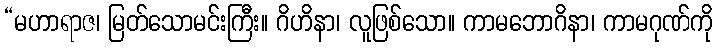
“မဟာရာဇ၊ မြတ်သောမင်းကြီး။ ဂိဟိနာ၊ လူဖြစ်သော။ ကာမဘောဂိနာ၊ ကာမဂုဏ်ကို